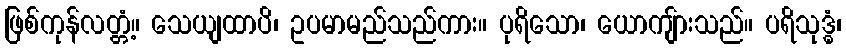
ဖြစ်ကုန်လတ္တံ့။ သေယျထာပိ၊ ဥပမာမည်သည်ကား။ ပုရိသော၊ ယောကျ်ားသည်။ ပရိသုဒ္ဓံ၊